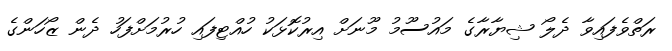
ރަތްވެފައިވާ ދެލޯ ޝިޔާރާގެ މައުސޫމު މޫނަށް އިރުކޮޅަކު ހުއްޓިފައި ހުރުމަށްފަހު ދެން ޒޯހަންގެ